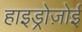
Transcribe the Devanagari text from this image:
हाइड्रोज़ोई